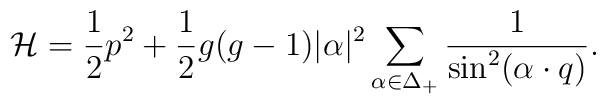
{\cal H}={1\over2}p^2+       {1\over2}g(g-1)|\alpha|^{2}\sum_{\alpha\in\Delta_+}          {1\over{\sin^{2}(\alpha\cdot q)}}.